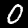
Digit: 0